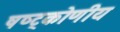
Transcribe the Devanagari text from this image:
षष्ट्कोणीय